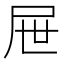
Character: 屉